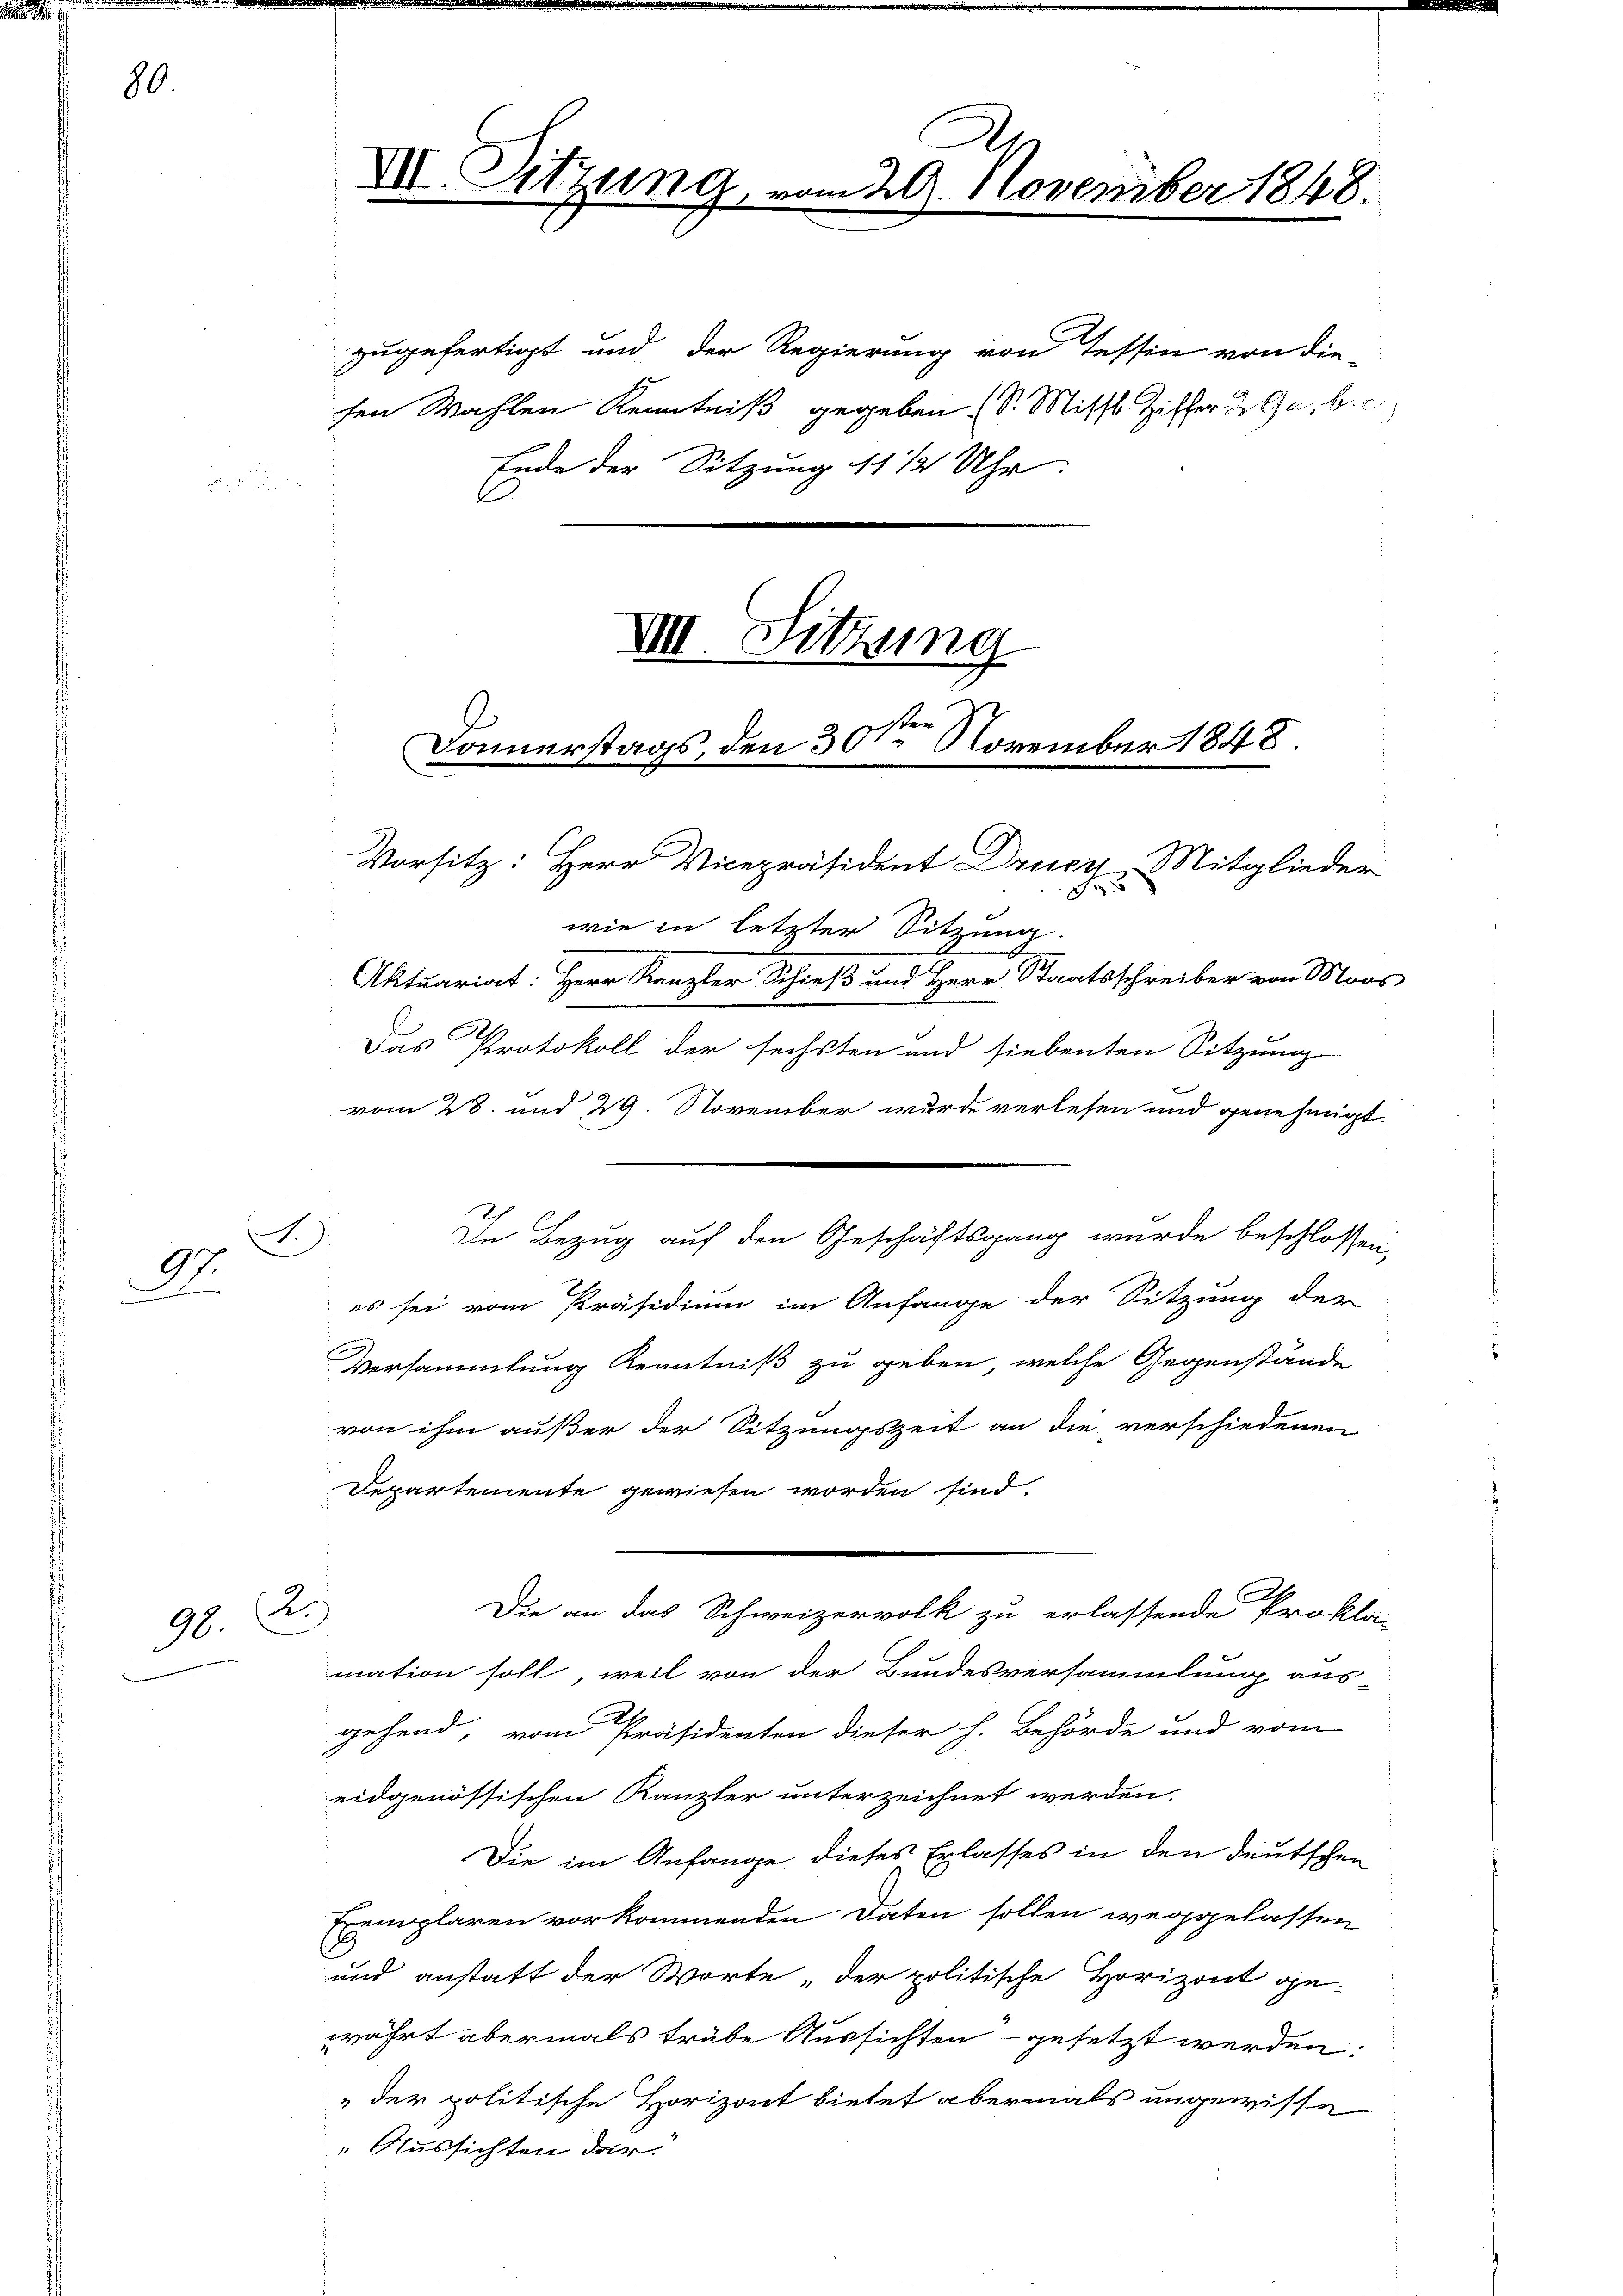
80.

1.
97.

98.

zugefertigt und der Regierung von Tessin von die-
sen Wahlen Kenntniß gegeben (S. Missb. Ziffer & Ga, b.
Ende der Sitzung 11 1/2 Uhr.
x
VIII. Sitzung

2.)

d
wie in letzter Sitzung.
.
Das Protokoll der sechsten und siebenten Sitzung
vom 28. und 29. November wurde verlesen und genehmigt.
es sei vom Präsidium im Anfange der Sitzung der
Versammlung Kenntniß zu geben, welche Gegenstände
von ihm außer der Sitzungszeit an die verschiedenen
Departemente gewiesen worden sind.
.
Die an das Schweizervolk zu erlassende Prokla-
mation soll, weil von der Bundesversammlung aus
gehend, vom Präsidenten dieser h. Behörde und vom
eidgenössischen Kanzler unterzeichnet werden.
Die im Anfange dieses Erlasses in den deutschen
Tremplaren vorkommenden Daten sollen weggelassen
b
und anstatt der Worte der politische Horizont ge-
währt abermals trübe Aussichten - gesetzt werden:
" der politische Horizont bietet abermals ungewisse
" Aussichten dar

VII. Sitzung
.

Donnerstags, den 30ten November 1848.
Vorsitz: Herr Vicepräsident Drucz, Mitglieder
F

229. November 1848.

Aktuariat: Herr Kanzler Schieß und Herr Staatsschreiber von Moos

In Bezug auf den Geschäftsgang wurde beschlossen,